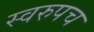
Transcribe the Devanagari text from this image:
स्वरुपच